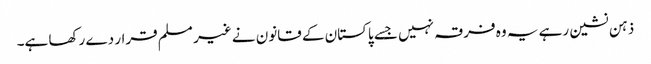
ذہن نشین رہے یہ وہ فرقہ نہیں جسے پاکستان کے قانون نے غیر مسلم قرار دے رکھا ہے۔